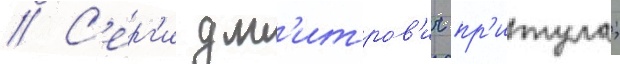
// С'ерг'и дм'итров'ич пр'итула;